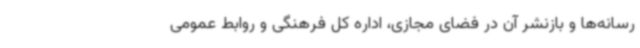
رسانه‌ها و بازنشر آن در فضای مجازی، اداره کل فرهنگی و روابط عمومی